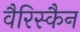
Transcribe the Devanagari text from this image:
वैरिस्कैन